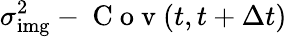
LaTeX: \sigma_{\mathrm{img}}^{2}-\mathrm{~C~o~v~}(t,t+\Delta t)